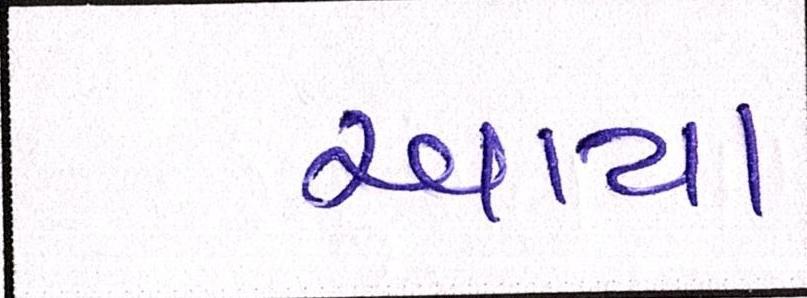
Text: આયા